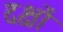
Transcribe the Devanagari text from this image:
दक्षों